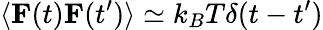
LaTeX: \langle\mathbf{{F}}(t)\mathbf{{F}}(t^{\prime})\rangle\simeq k_{B}T\delta(t-t^{\prime})